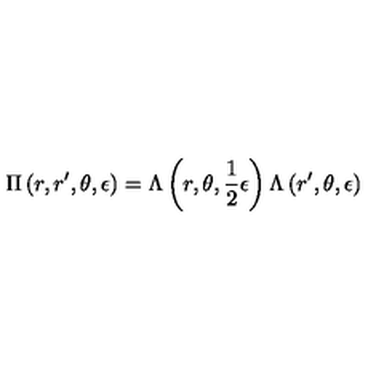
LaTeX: \Pi \left( r , r ^ { \prime } , \theta , \epsilon \right) = \Lambda \left( r , \theta , \frac { 1 } { 2 } \epsilon \right) \Lambda \left( r ^ { \prime } , \theta , \epsilon \right)